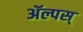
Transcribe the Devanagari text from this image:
ॲल्पस्